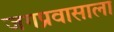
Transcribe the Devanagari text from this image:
जगप्रवासाला